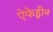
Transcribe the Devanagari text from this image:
ऐफेड्रीन